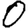
Digit: 0